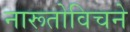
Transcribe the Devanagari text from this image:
नारूतोविचने